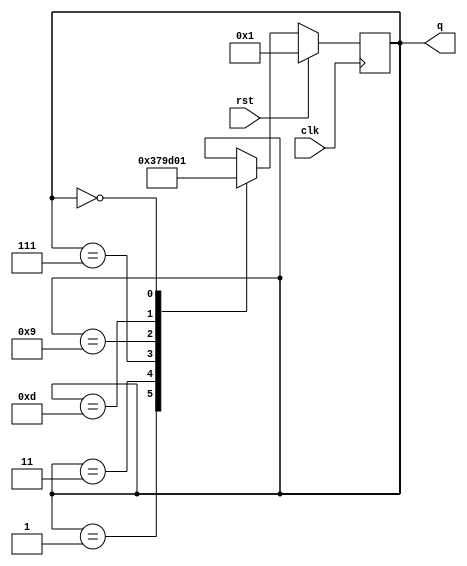
module counter (q,rst,clk);
  input clk,rst;
  output reg [3:0] q;
  always @ (posedge clk)
  begin
    if(rst)
      q<=4'b0001;
    else
      case(q)
        4'b0001 : q = 4'b0011;
        4'b0011 : q = 4'b0111;
        4'b0111 : q = 4'b1001;
        4'b1001 : q = 4'b1101;
        4'b1101 : q = 4'b0000;
        4'b0000 : q = 4'b0001;
      endcase
    end  
endmodule